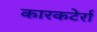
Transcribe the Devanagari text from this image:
कारकटेर्रा